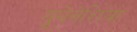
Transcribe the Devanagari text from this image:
युथेनेशिया